Annual report of the Punjab Veterinary College and of the Civil Veterinary Department, Punjab - 1926-1932
Year: 1926
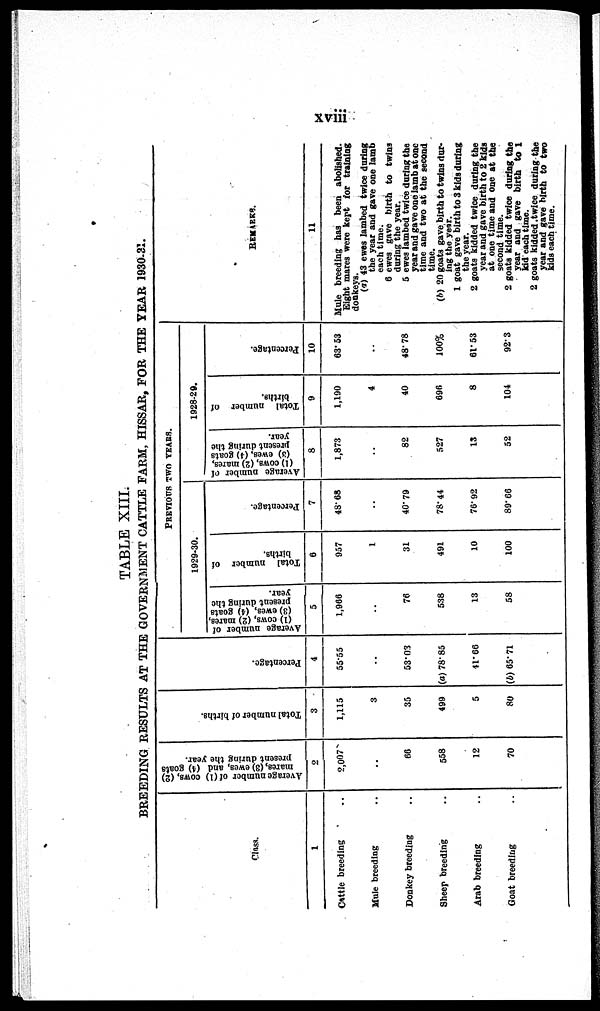
xviii
TABLE XIII.
BREEDING RESULTS AT THE GOVERNMENT CATTLE FARM, HISSAR, FOR THE YEAR 1930-31
Class.
1
Cattle breeding ..
Mule breeding ..
Donkey breeding ..
Sheep breeding ..
Arab breeding ..
Goat breeding ..
Average number of (1)
cows, (2)
mares, (3) ewes, and (4) goats
present during the year.
2
2,007
..
66
558
12
70
Total number of births.
3
1,115
3
35
499
5
80
Per cent age.
4
55.55
..
53.03
(a) 78.85
41.66
(b) 65.71
PREVIOUS TWO TEARS.
1929-30.
Average number of
(1) cows, (2) mares,
(3) ewes, (4) goats
present during the
year.
5
1,966
..
76
538
13
58
Total number of
births.
6
957
1
31
491
10
100
Percentage.
7
48.68
..
40.79
78.44
76.92
89.66
1928-29.
Average number of
(1)
cows,
(2) marcs,
(a) ewes, (4) goats
present during the
year.
8
1,873
..
82
527
13
52
Total number of
births.
9
1,190
4
40
696
8
104
Percentage.
10
63.53
..
48.78
100%
61.53
92.3
REMARKS.
11
Mule breeding has been abolished.
Eight mares were kept for training
donkeys.
(a) 43 ewes lambed twice during
the year and gave one lamb
each time.
6 ewes gave birth to twins
during the year.
5 ewes lambed twice daring the
year and gave one lamb at one
time and two at the second
(b) 20 goats gave birth to twins dur-
ing the year.
1 goat gave birth to 3 kids during
the year.
2 goats kidded twice during the
year and gave birth to 2 kids
at one time and one at the
second time.
2 goats kidded twice during the
year and gave birth to 1
kid each time.
2 goats kidded twice during the
year and gave birth to two
kids each time.